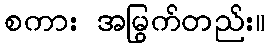
စကား အမြွက်တည်း။